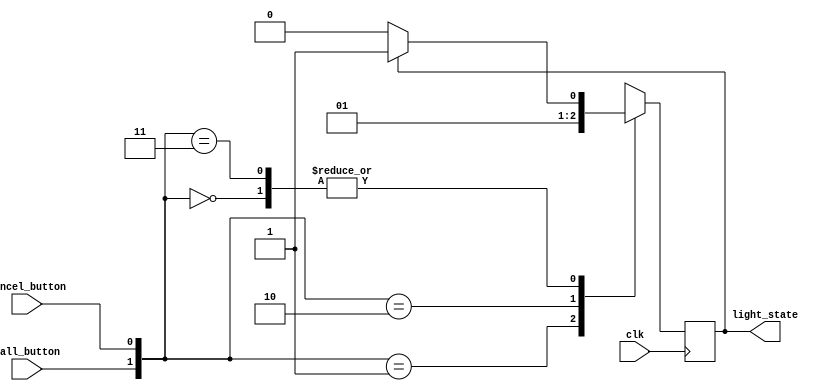
`timescale 1ns / 1ps
module FlightAttendance(
input wire clk,
input wire call_button,
input wire cancel_button,
output reg light_state
);

reg c_state;

// Combinatorial block
always @(*) begin
	case ({call_button, cancel_button})
	
	2'b00: c_state = light_state? 'b1: 'b0; //code;
	2'b01: c_state = light_state? 'b0: 'b0;
	2'b10: c_state = light_state? 'b1: 'b1;	
	2'b11: c_state = light_state? 'b1: 'b0;
	
	default : c_state = 'd0;
	endcase
end

// Sequential block
always @(posedge clk) begin
	light_state <= c_state;
end
endmodule